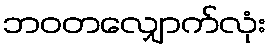
ဘဝတလျှောက်လုံး